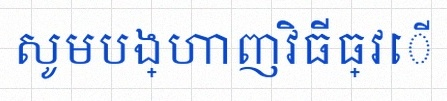
សូមបង្ហាញវិធីធ្វើ